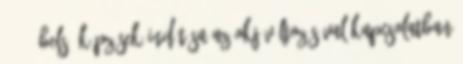
12 2. Belső képzések indítása az OKJ változásával kapcsolatban